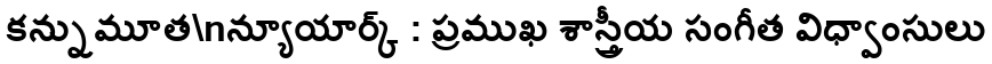
కన్నుమూత\nన్యూయార్క్ : ప్రముఖ శాస్త్రీయ సంగీత విధ్వాంసులు